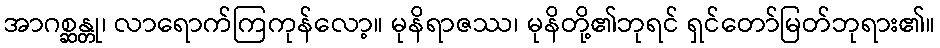
အာဂစ္ဆန္တု၊ လာရောက်ကြကုန်လော့။ မုနိရာဇဿ၊ မုနိတို့၏ဘုရင် ရှင်တော်မြတ်ဘုရား၏။